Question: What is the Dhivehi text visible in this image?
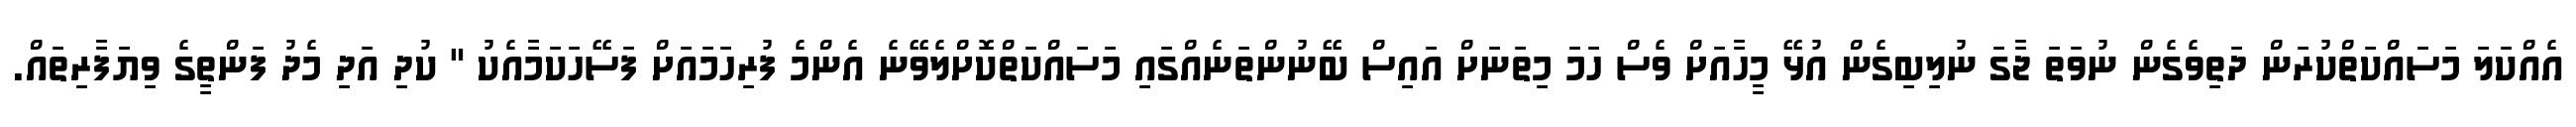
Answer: އެއްކަލަ މަސައްކަތްކުރަން ދަތިވެގެން ނުވަތަ ޖާގަ ނުލިބިގެން އުޅޭ މީހާއަށް ވެސް ހަމަ މިތަނަށް އައިސް ބޭނުންތަނެއްގައި މަސައްކަތްކޮށްލެވޭނެ އެންމެ ފުރިހަމައަށް ފަސޭހަކަމާއެކު " ކުދި އަދި މެދު ފަންތީގެ ވިޔަފާރިތައް.